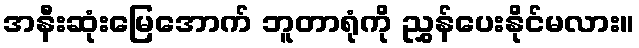
အနီးဆုံးမြေအောက် ဘူတာရုံကို ညွှန်ပေးနိုင်မလား။